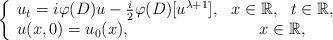
LaTeX: \begin{align*}\left\{\begin{array}{lc}u_{t} =i\varphi(D)u-\frac{i}{2}\varphi(D)[u^{\lambda+1}], & x\in \mathbb{R},\ \ t\in \mathbb{R},\\u(x,0)=u_{0}(x), \ \ \ & x\in \mathbb{R},\end{array}\right. \end{align*}